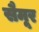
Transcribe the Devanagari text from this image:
सैमूर